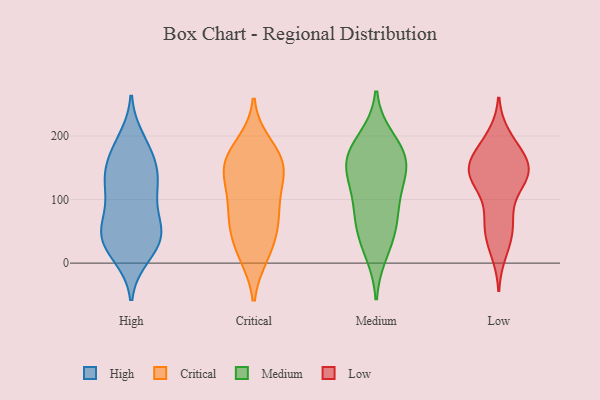
{"axis": {"x": "Conversion Rate (%)", "y": "Value"}, "legend": ["Critical", "High", "Low", "Medium"], "data": [{"x": "", "y": 124, "type": "High"}, {"x": "", "y": 12, "type": "High"}, {"x": "", "y": 34, "type": "High"}, {"x": "", "y": 55, "type": "High"}, {"x": "", "y": 132, "type": "High"}, {"x": "", "y": 176, "type": "High"}, {"x": "", "y": 19, "type": "High"}, {"x": "", "y": 193, "type": "High"}, {"x": "", "y": 83, "type": "High"}, {"x": "", "y": 36, "type": "High"}, {"x": "", "y": 178, "type": "High"}, {"x": "", "y": 129, "type": "High"}, {"x": "", "y": 54, "type": "High"}, {"x": "", "y": 102, "type": "High"}, {"x": "", "y": 138, "type": "High"}, {"x": "", "y": 52, "type": "High"}, {"x": "", "y": 44, "type": "High"}, {"x": "", "y": 152, "type": "High"}, {"x": "", "y": 102, "type": "Critical"}, {"x": "", "y": 153, "type": "Critical"}, {"x": "", "y": 70, "type": "Critical"}, {"x": "", "y": 141, "type": "Critical"}, {"x": "", "y": 69, "type": "Critical"}, {"x": "", "y": 14, "type": "Critical"}, {"x": "", "y": 72, "type": "Critical"}, {"x": "", "y": 147, "type": "Critical"}, {"x": "", "y": 124, "type": "Critical"}, {"x": "", "y": 186, "type": "Critical"}, {"x": "", "y": 168, "type": "Critical"}, {"x": "", "y": 41, "type": "Critical"}, {"x": "", "y": 15, "type": "Critical"}, {"x": "", "y": 165, "type": "Critical"}, {"x": "", "y": 194, "type": "Medium"}, {"x": "", "y": 85, "type": "Medium"}, {"x": "", "y": 135, "type": "Medium"}, {"x": "", "y": 155, "type": "Medium"}, {"x": "", "y": 61, "type": "Medium"}, {"x": "", "y": 19, "type": "Medium"}, {"x": "", "y": 154, "type": "Medium"}, {"x": "", "y": 48, "type": "Medium"}, {"x": "", "y": 170, "type": "Medium"}, {"x": "", "y": 171, "type": "Medium"}, {"x": "", "y": 106, "type": "Medium"}, {"x": "", "y": 18, "type": "Low"}, {"x": "", "y": 34, "type": "Low"}, {"x": "", "y": 118, "type": "Low"}, {"x": "", "y": 149, "type": "Low"}, {"x": "", "y": 127, "type": "Low"}, {"x": "", "y": 147, "type": "Low"}, {"x": "", "y": 154, "type": "Low"}, {"x": "", "y": 45, "type": "Low"}, {"x": "", "y": 142, "type": "Low"}, {"x": "", "y": 64, "type": "Low"}, {"x": "", "y": 138, "type": "Low"}, {"x": "", "y": 73, "type": "Low"}, {"x": "", "y": 177, "type": "Low"}, {"x": "", "y": 192, "type": "Low"}, {"x": "", "y": 137, "type": "Low"}, {"x": "", "y": 156, "type": "Low"}, {"x": "", "y": 67, "type": "Low"}, {"x": "", "y": 136, "type": "Low"}, {"x": "", "y": 171, "type": "Low"}, {"x": "", "y": 198, "type": "Low"}]}